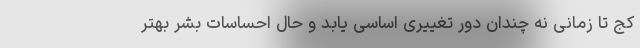
کج تا زمانی نه چندان دور تغییری اساسی یابد و حال احساساتِ بشر بهتر